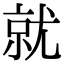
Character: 就